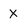
Character: x